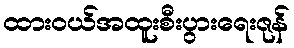
ထားဝယ်အထူးစီးပွားရေးဇုန်